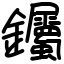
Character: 钃